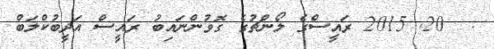
:  20